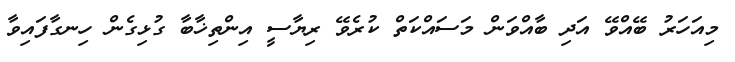
މިއަހަރު ބޭއްވޭ އަދި ބާއްވަން މަސައްކަތް ކުރެވޭ ރިޔާސީ އިންތިޚާބާ ގުޅިގެން ހިނގާފައިވާ